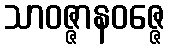
သာဝဇ္ဇာနဝဇ္ဇေ